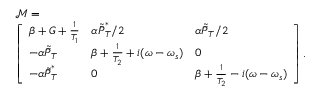
\begin{array} { r l } & { \mathcal M = } \\ & { \left[ \begin{array} { l l l } { \beta + G + \frac 1 { T _ { 1 } } } & { \alpha \tilde { \bar { P } } _ { T } ^ { * } / 2 } & { \alpha \tilde { \bar { P } } _ { T } / 2 } \\ { - \alpha \tilde { \bar { P } } _ { T } } & { \beta + \frac 1 { T _ { 2 } } + i ( \omega - \omega _ { s } ) } & { 0 } \\ { - \alpha \tilde { \bar { P } } _ { T } ^ { * } } & { 0 } & { \beta + \frac 1 { T _ { 2 } } - i ( \omega - \omega _ { s } ) } \end{array} \right] . } \end{array}